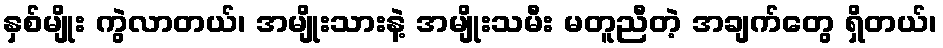
နှစ်မျိုး ကွဲလာတယ်၊ အမျိုးသားနဲ့ အမျိုးသမီး မတူညီတဲ့ အချက်တွေ ရှိတယ်၊